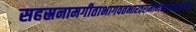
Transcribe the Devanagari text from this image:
सहस्रनामगीताभागवतभारतरामायणेशावास्याद्युपनिषद